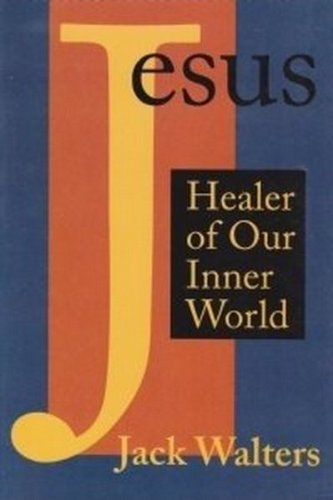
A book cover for Jesus Healer Of Our Inner World; Jack Walters; Religion & Spirituality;